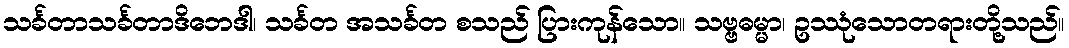
သင်္ခတာသင်္ခတာဒိဘေဒါ၊ သင်္ခတ အသင်္ခတ စသည် ပြားကုန်သော။ သဗ္ဗဓမ္မာ၊ ဥဿုံသောတရားတို့သည်။